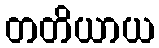
တတိယာယ